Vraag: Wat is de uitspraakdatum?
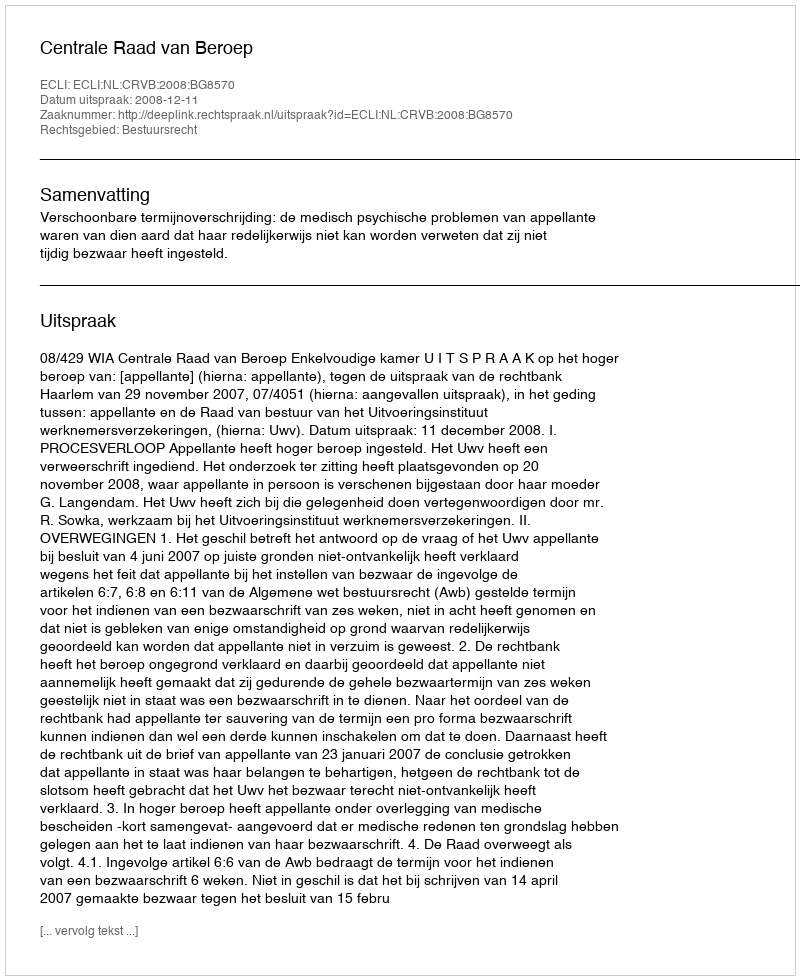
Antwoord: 2008-12-11